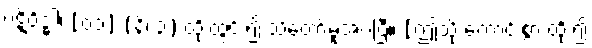
ပဋိဝိဒ္ဓါ၊ [၀၁] (နိ၊ ၃) ထိုးထွင်း၍ သိတော်မူအပ်ပြီ။ [ဤသို့ ကောင်းစွာ ထိုး၍